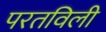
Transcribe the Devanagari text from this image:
परतविली